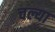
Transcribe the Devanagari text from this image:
चल्या